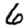
Digit: 6